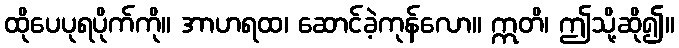
ထိုပေပုရပိုက်ကို။ အာဟရထ၊ ဆောင်ခဲ့ကုန်လော။ ဣတိ၊ ဤသို့ဆို၍။